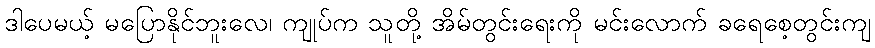
ဒါပေမယ့် မပြောနိုင်ဘူးလေ၊ ကျုပ်က သူတို့ အိမ်တွင်းရေးကို မင်းလောက် ခရေစေ့တွင်းကျ